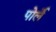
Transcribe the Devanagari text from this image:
पोर्ले